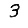
Digit: 3